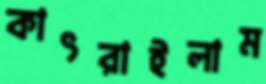
কাৎরাইলাম